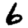
Digit: 6